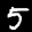
Digit: 5